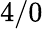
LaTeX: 4/0